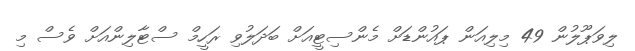
ލިވަޕޫލުން 49 މިލިއަން ޕައުންޑަށް މެންސިޓީއަށް ބަދަލުވި ރަހީމް ސްޓާލިންއަށް ވެސް މި